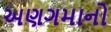
અણગમાનો